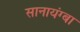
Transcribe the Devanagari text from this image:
सानायंग्बा